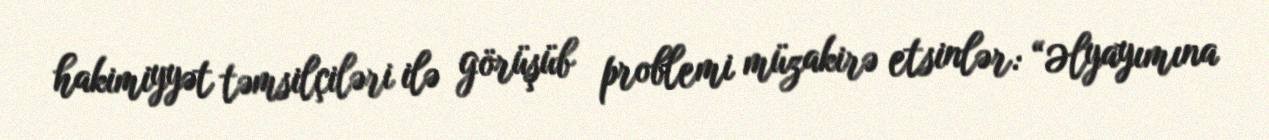
hakimiyyət təmsilçiləri ilə görüşüb problemi müzakirə etsinlər: “Əlyayımına